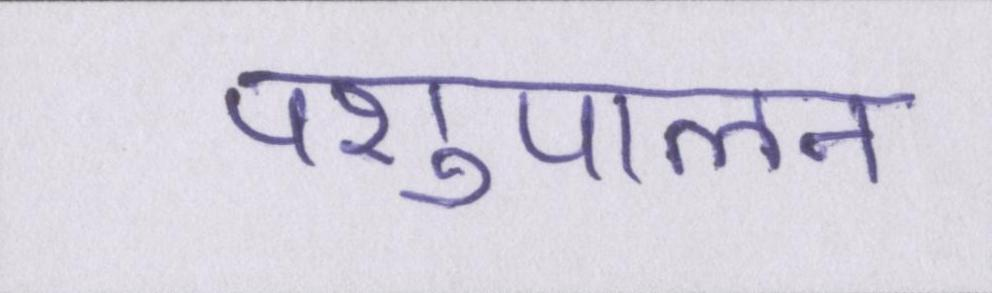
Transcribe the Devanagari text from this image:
पशुपालन